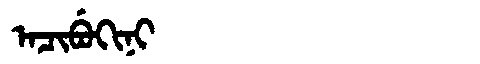
Manchu: ᠠᠴᡳᠪᡠᡴᡳᠨᡳ
Romanization: ACIBUKINI